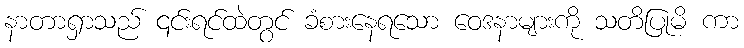
နာတာရှာသည် ၎င်းရင်ထဲတွင် ခံစားနေရသော ဝေဒနာများကို သတိပြုမိ ကာ